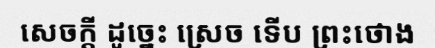
សេចក្តី ដូច្នេះ ស្រេច ទើប ព្រះថោង